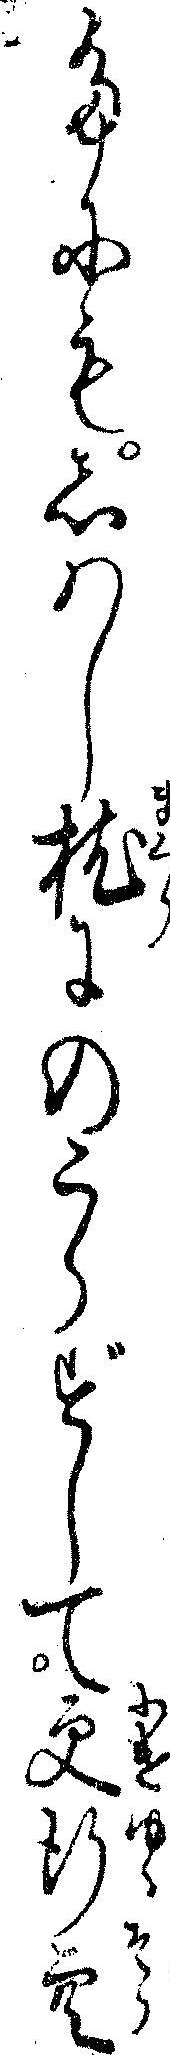
たにもしハし枕にのこらずして更行空